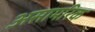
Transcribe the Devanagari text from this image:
असामरिक